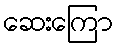
ဆေးကြော